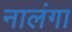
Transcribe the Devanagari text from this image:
नालंगा